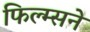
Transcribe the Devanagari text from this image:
फिल्म्सने